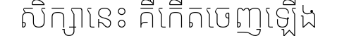
សិក្សានេះ គឺកើតចេញឡើង